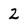
Character: 2